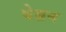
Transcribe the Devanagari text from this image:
बेब्रन